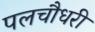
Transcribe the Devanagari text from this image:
पलचौधरी